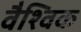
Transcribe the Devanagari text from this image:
वैश्‍िवक